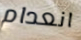
انعدام